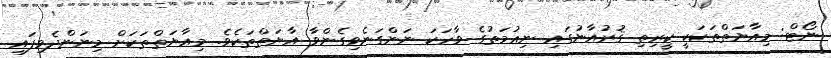
ނޯޓް: މިއާޔަތްތަކަކީ ކީރިތި ޤުރުއާނުގައި ނިޢުމަތުގެ ވާހަކަ ނަންގަނެވިގެންވާ އާޔަތްތަކެވެ. މިއާޔަތްތަކަށް މިނަންދެވިފައި